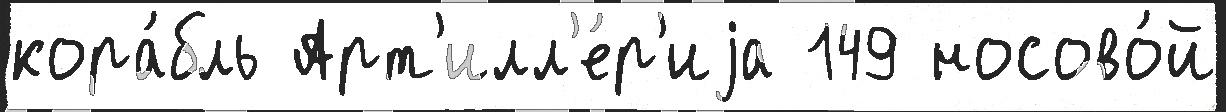
кора́бль Арт'илл'е́р'иjа 149 носово́й